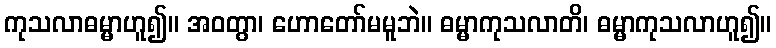
ကုသလာဓမ္မာဟူ၍။ အဝတွာ၊ ဟောတော်မမူဘဲ။ ဓမ္မာကုသလာတိ၊ ဓမ္မာကုသလာဟူ၍။